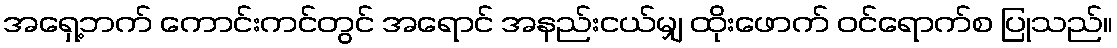
အရှေ့ဘက် ကောင်းကင်တွင် အရောင် အနည်းငယ်မျှ ထိုးဖောက် ဝင်ရောက်စ ပြုသည်။